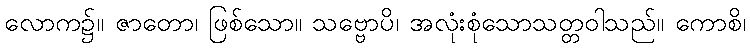
လောက၌။ ဇာတော၊ ဖြစ်သော။ သဗ္ဗောပိ၊ အလုံးစုံသောသတ္တဝါသည်။ ကောစိ၊